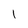
Character: 1